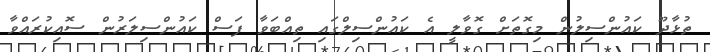
ތުޅާދޫ ކައުންސިލުން މިގޮތަށް ގޮވާލީ އެ ކައުންސިލްގައި ތިއްބަވާ ފަސް ކައުންސިލަރުން ސޮއިކުރައްވާ